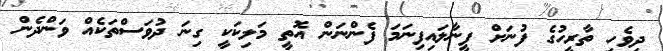
ދިވެހި ތާރީހުގެ ފުނަށް ފީނާލައިފިނަމަ ފެންނަން އޮތީ މަލިކަކީ ގިނަ ދުވަސްތަކެއް ވަންދެން